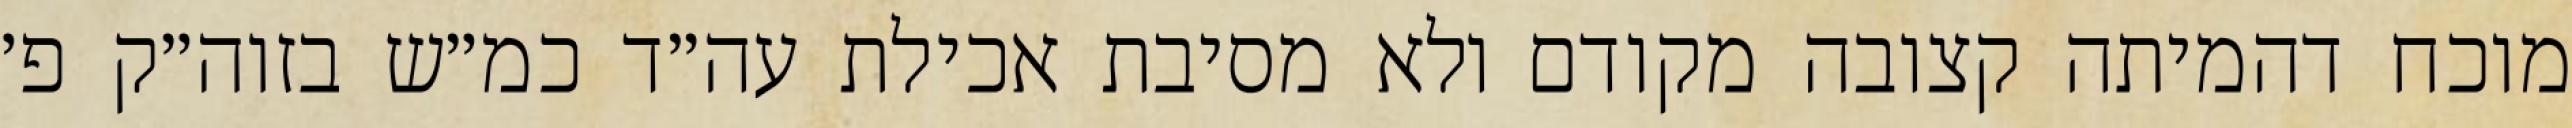
מוכח דהמיתה קצובה מקודם ולא מסיבת אכילת עה״ד כמ״ש בזוה״ק פ׳